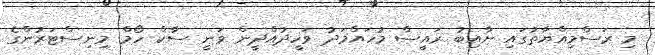
މި ރަސްމިއްޔާތުގައި ނާއިބު ރައީސް މުހައްމަދު ވަހީދުއްދީން ވަނީ ސާކް ހޯމް މިނިސްޓަރުންގެ